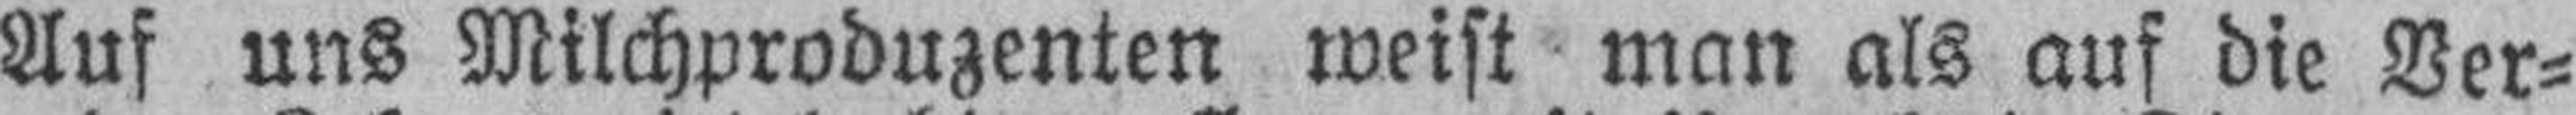
Auf uns Milchproduzenten weist man als auf die Ver¬